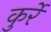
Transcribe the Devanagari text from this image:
कुर्रे